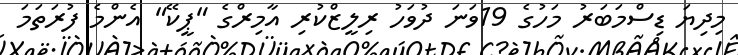
މިދިޔަ ޑިސްމަބަރު މަހުގެ 19ވަނަ ދުވަހު ރިލީޒްކުރި އާމިރްގެ "ޕީކޭ" އެންމެ ފުރަތަމަ